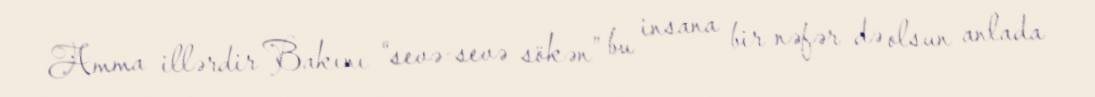
Amma illərdir Bakını “sevə-sevə sökən” bu insana bir nəfər də olsun anlada